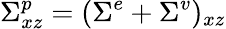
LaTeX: \Sigma_{xz}^{p}=(\Sigma^{e}+\Sigma^{v})_{xz}